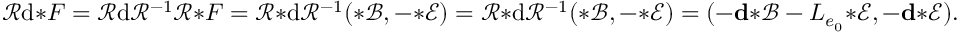
\mathcal { R } \mathrm { d } { * } F = \mathcal { R } \mathrm { d } \mathcal { R } ^ { - 1 } \mathcal { R } { * } F = \mathcal { R } { * } \mathrm { d } \mathcal { R } ^ { - 1 } ( { \boldsymbol { * } } \mathscr { B } , - { \boldsymbol { * } } \mathscr { E } ) = \mathcal { R } { * } \mathrm { d } \mathcal { R } ^ { - 1 } ( { \boldsymbol { * } } \mathscr { B } , - { \boldsymbol { * } } \mathscr { E } ) = ( - \mathbf { d } { \boldsymbol { * } } \mathscr { B } - L _ { e _ { 0 } } { \boldsymbol { * } } \mathscr { E } , - \mathbf { d } { \boldsymbol { * } } \mathscr { E } ) .